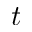
t